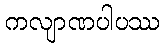
ကလျာဏပါပဿ